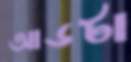
আডটা